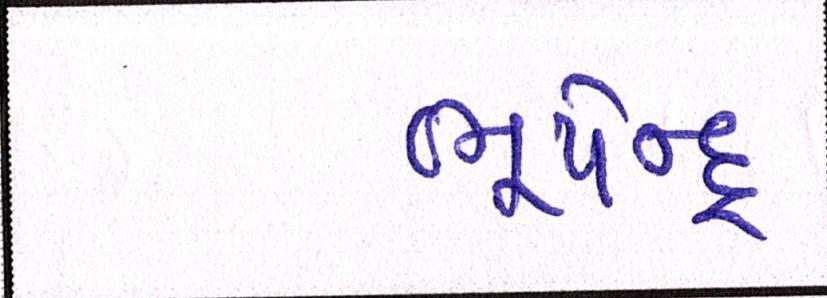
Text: ભૂપેન્દ્ર